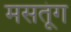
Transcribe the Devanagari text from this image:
मसतूंग